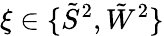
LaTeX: \xi\in\{ \tilde{S}^{2},\tilde{W}^{2}\}